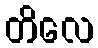
တိလေ